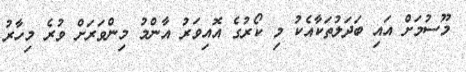
މޫސުމަށް އައި ބަދަލުތަކާއެކު މި ކޯރުގެ އޮއިވަރު އާންމު މިންވަރަށް ވުރެ މިހާރު